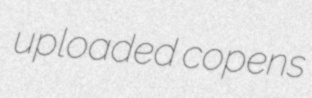
uploaded copens